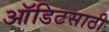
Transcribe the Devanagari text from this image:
ऑडिटसाठी